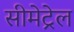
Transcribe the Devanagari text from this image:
सीमेट्रेल